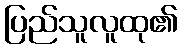
ပြည်သူလူထု၏